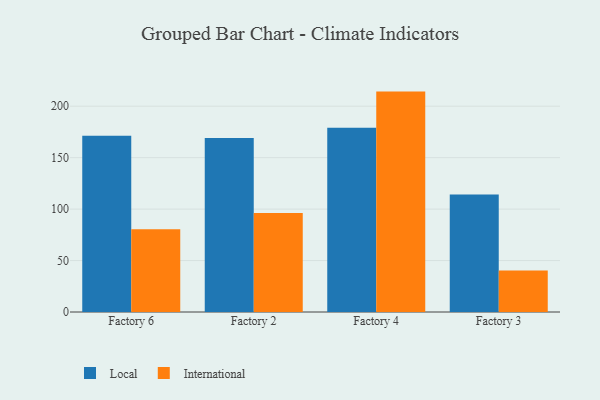
{"axis": {"x": "Factory", "y": "Bounce Rate (%)"}, "legend": ["International", "Local"], "data": [{"x": "Factory 6", "y": 171.2, "type": "Local"}, {"x": "Factory 6", "y": 80.5, "type": "International"}, {"x": "Factory 2", "y": 169.1, "type": "Local"}, {"x": "Factory 2", "y": 96.1, "type": "International"}, {"x": "Factory 4", "y": 179.0, "type": "Local"}, {"x": "Factory 4", "y": 214.2, "type": "International"}, {"x": "Factory 3", "y": 114.3, "type": "Local"}, {"x": "Factory 3", "y": 40.3, "type": "International"}]}